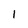
Character: 1